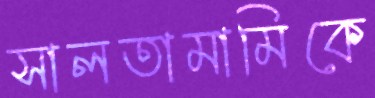
সালতামামিকে